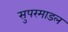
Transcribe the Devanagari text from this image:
सुपरमाडल